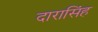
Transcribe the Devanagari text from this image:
दारासिंह